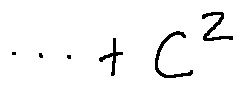
\cdots + C ^ { z }